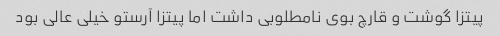
پیتزا گوشت و قارچ بوی نامطلوبی داشت اما پیتزا آرستو خیلی عالی بود